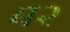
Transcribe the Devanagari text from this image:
ब२